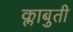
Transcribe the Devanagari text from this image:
क्लाबुती